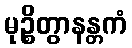
မုဉ္စိတွာနန္တကံ